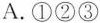
A.①②③